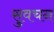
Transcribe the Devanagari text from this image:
सुवचन